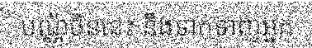
បណ្ណ័ចិននេះ នឹងទាក់ទាញអ្នក